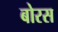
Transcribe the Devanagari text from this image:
बोरस